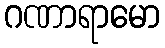
ဂဏာရာမော